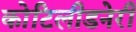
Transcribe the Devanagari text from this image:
कोटिलीडनेरी